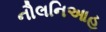
નૌલનિઆહ